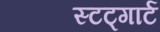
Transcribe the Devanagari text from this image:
स्टट्गार्ट